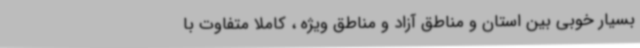
بسیار خوبی بین استان و مناطق آزاد و مناطق ویژه ، کاملاً متفاوت با